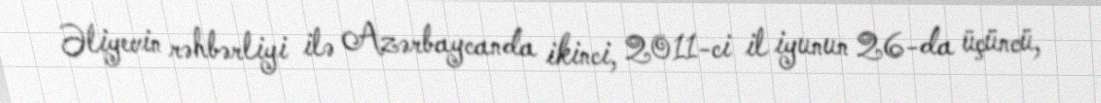
Əliyevin rəhbərliyi ilə Azərbaycanda ikinci, 2011-ci il iyunun 26-da üçüncü,